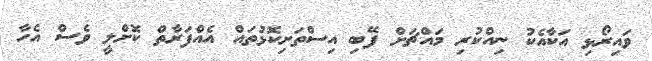
ވައިރޯޅި އަކާއެކު ނިއްކުރި މައްޗަށް ފޭބި އިސްތަށިކޮޅުތައް އެއްފަރާތް ކޮށްލީ ވެސް އެހާ